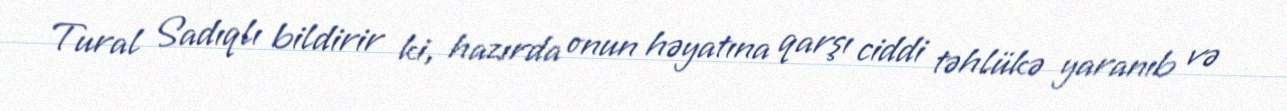
Tural Sadıqlı bildirir ki, hazırda onun həyatına qarşı ciddi təhlükə yaranıb və